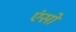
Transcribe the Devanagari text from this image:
एंसो